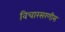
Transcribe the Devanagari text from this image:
विचारसरणीस